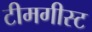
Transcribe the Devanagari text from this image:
टीमगीस्ट